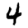
Digit: 4